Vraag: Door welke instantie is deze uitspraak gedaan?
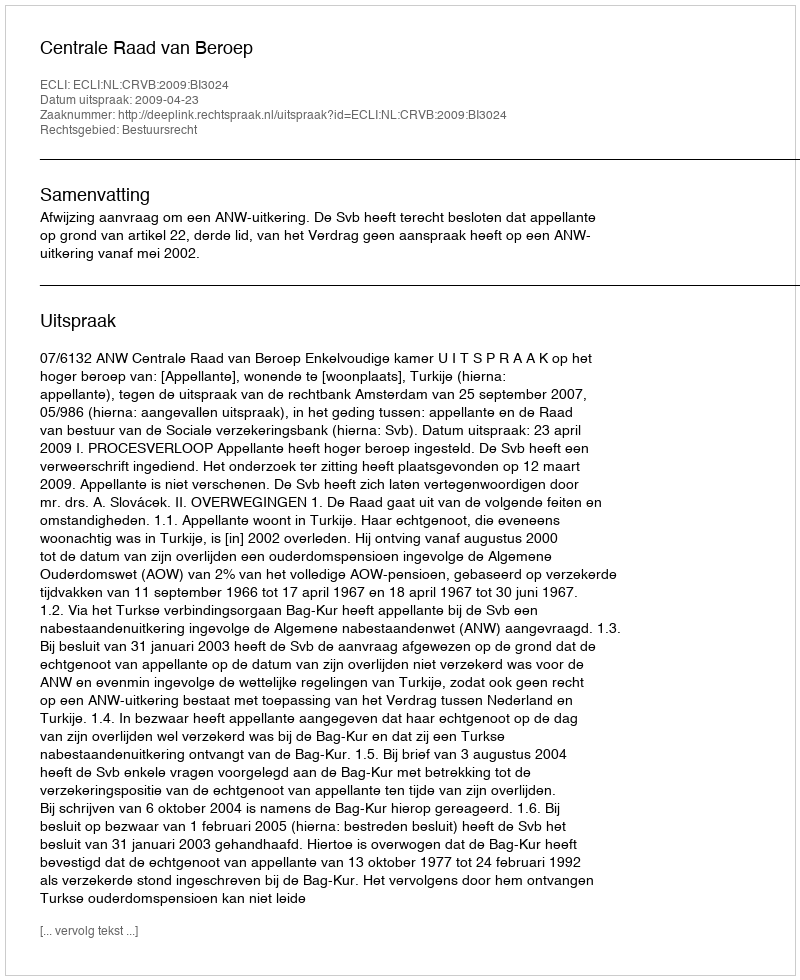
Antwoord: Centrale Raad van Beroep